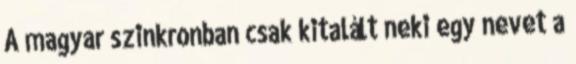
A magyar szinkronban csak kitalált neki egy nevet a